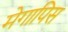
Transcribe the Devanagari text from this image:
मेगापिस